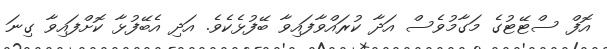
އޮފް ސްޓޭޓުގެ މަގާމުވެސް އަދާ ކުރައްވާފައިވާ ބޭފުޅެކެވެ. އަދި އެބޭފުޅާ ކޮށްފައިވާ ގިނަ